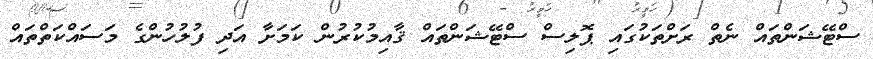
ސްޓޭޝަންތައް ނެތް ރަށްތަކުގައި ޕޮލިސް ސްޓޭޝަންތައް ޤާއިމުކުރުން ކަމަށާ އަދި ފުލުހުންގެ މަސައްކަތްތައް